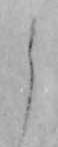
う